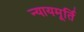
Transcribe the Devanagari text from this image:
न्‍यायमूर्ति